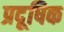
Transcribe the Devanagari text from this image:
प्रदूषिक